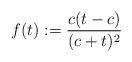
LaTeX: \begin{align*} f(t):=\frac{c(t-c)}{(c+t)^2} \end{align*}